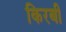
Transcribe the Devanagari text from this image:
किरबी